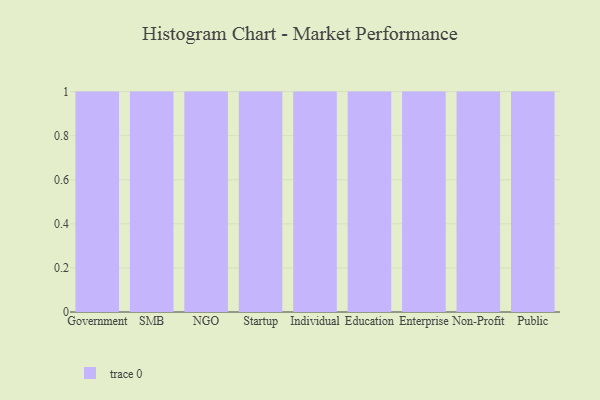
{"axis": {"x": "Segment", "y": "Bounce Rate (%)"}, "legend": [""], "data": [{"x": "Government", "y": 21, "type": ""}, {"x": "SMB", "y": 82, "type": ""}, {"x": "NGO", "y": 47, "type": ""}, {"x": "Startup", "y": 71, "type": ""}, {"x": "Individual", "y": 75, "type": ""}, {"x": "Education", "y": 4, "type": ""}, {"x": "Enterprise", "y": 91, "type": ""}, {"x": "Non-Profit", "y": 2, "type": ""}, {"x": "Public", "y": 91, "type": ""}]}